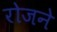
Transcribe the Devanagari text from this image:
रोजने